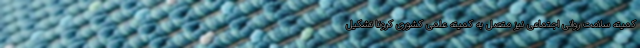
کمیته سلامت روانی اجتماعی نیز متصل به کمیته علمی کشوری کرونا تشکیل